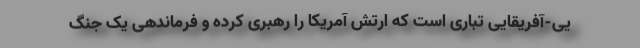
یی-آفریقایی تباری است که ارتش آمریکا را رهبری کرده و فرماندهی یک جنگ